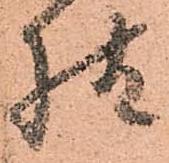
様